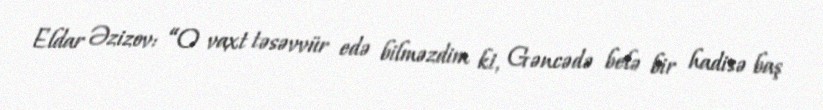
Eldar Əzizov: “O vaxt təsəvvür edə bilməzdim ki, Gəncədə belə bir hadisə baş